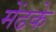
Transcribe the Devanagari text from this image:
मेंढके